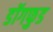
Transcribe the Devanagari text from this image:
डॉगफुड